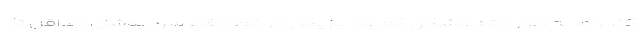
کند، اما به طور حتم مشکل کمبود بازیکن در خط دفاع سرخپوشان حداقل تا